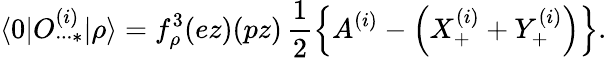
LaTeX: \langle 0|O_{\cdot\cdot\cdot*}^{(i)}|\rho\rangle=f_{\rho}^{3}(ez)(pz)\, \frac{1}{2}\left\{ A^{(i)}-\left(X_{+}^{(i)}+Y_{+}^{(i)}\right)\right\} .